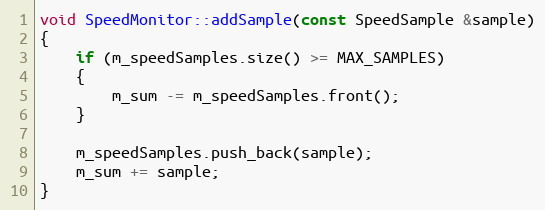
Language: C++
void SpeedMonitor::addSample(const SpeedSample &sample)
{
    if (m_speedSamples.size() >= MAX_SAMPLES)
    {
        m_sum -= m_speedSamples.front();
    }

    m_speedSamples.push_back(sample);
    m_sum += sample;
}